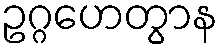
ဥဂ္ဂဟေတွာန